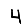
Digit: 4